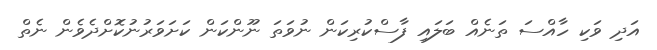
އަދި ވަކި ހާއްސަ ތަނެއް ބަލައި ފާސްކުރިކަން ނުވަތަ ނޫންކަން ކަށަވަރުނުކޮށްދެވެން ނެތް